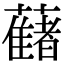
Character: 𧂤